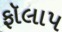
ફૉલાપ